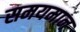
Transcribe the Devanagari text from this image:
समयमान